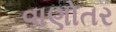
વાણોતર